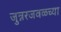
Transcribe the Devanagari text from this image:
जुन्नरजवळच्या